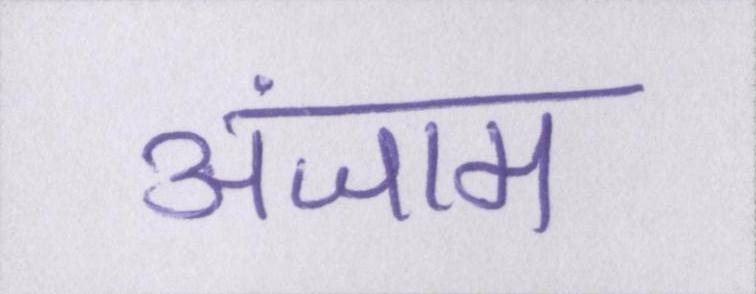
अंजाम